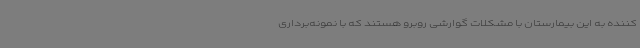
کننده به این بیمارستان با مشکلات گوارشی روبرو هستند که با نمونه‌برداری